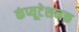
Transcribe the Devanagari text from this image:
कंप्यूटेशनक